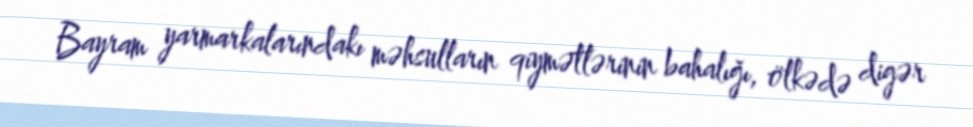
Bayram yarmarkalarındakı məhsulların qiymətlərinin bahalığı, ölkədə digər